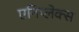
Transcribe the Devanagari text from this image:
एनिप्लेक्स